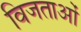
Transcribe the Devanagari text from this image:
विजताओं